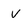
Character: V